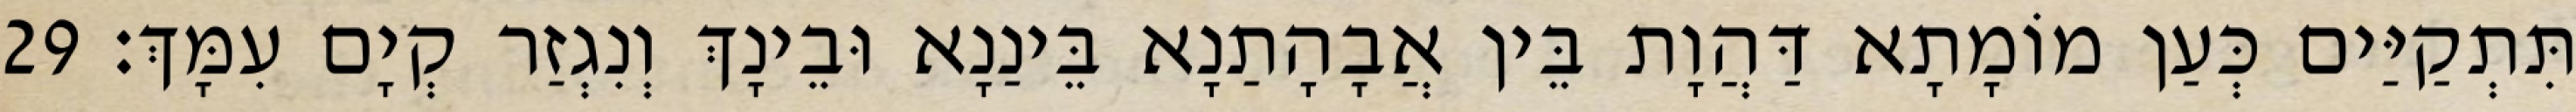
תִּתְקַיַּים כְּעַן מוֹמָתָא דַּהֲוָת בֵּין אֲבָהָתַנָא בֵּינַנָא וּבֵינָךְ וְנִגְזַר קְיָם עִמָּךְ׃ 29